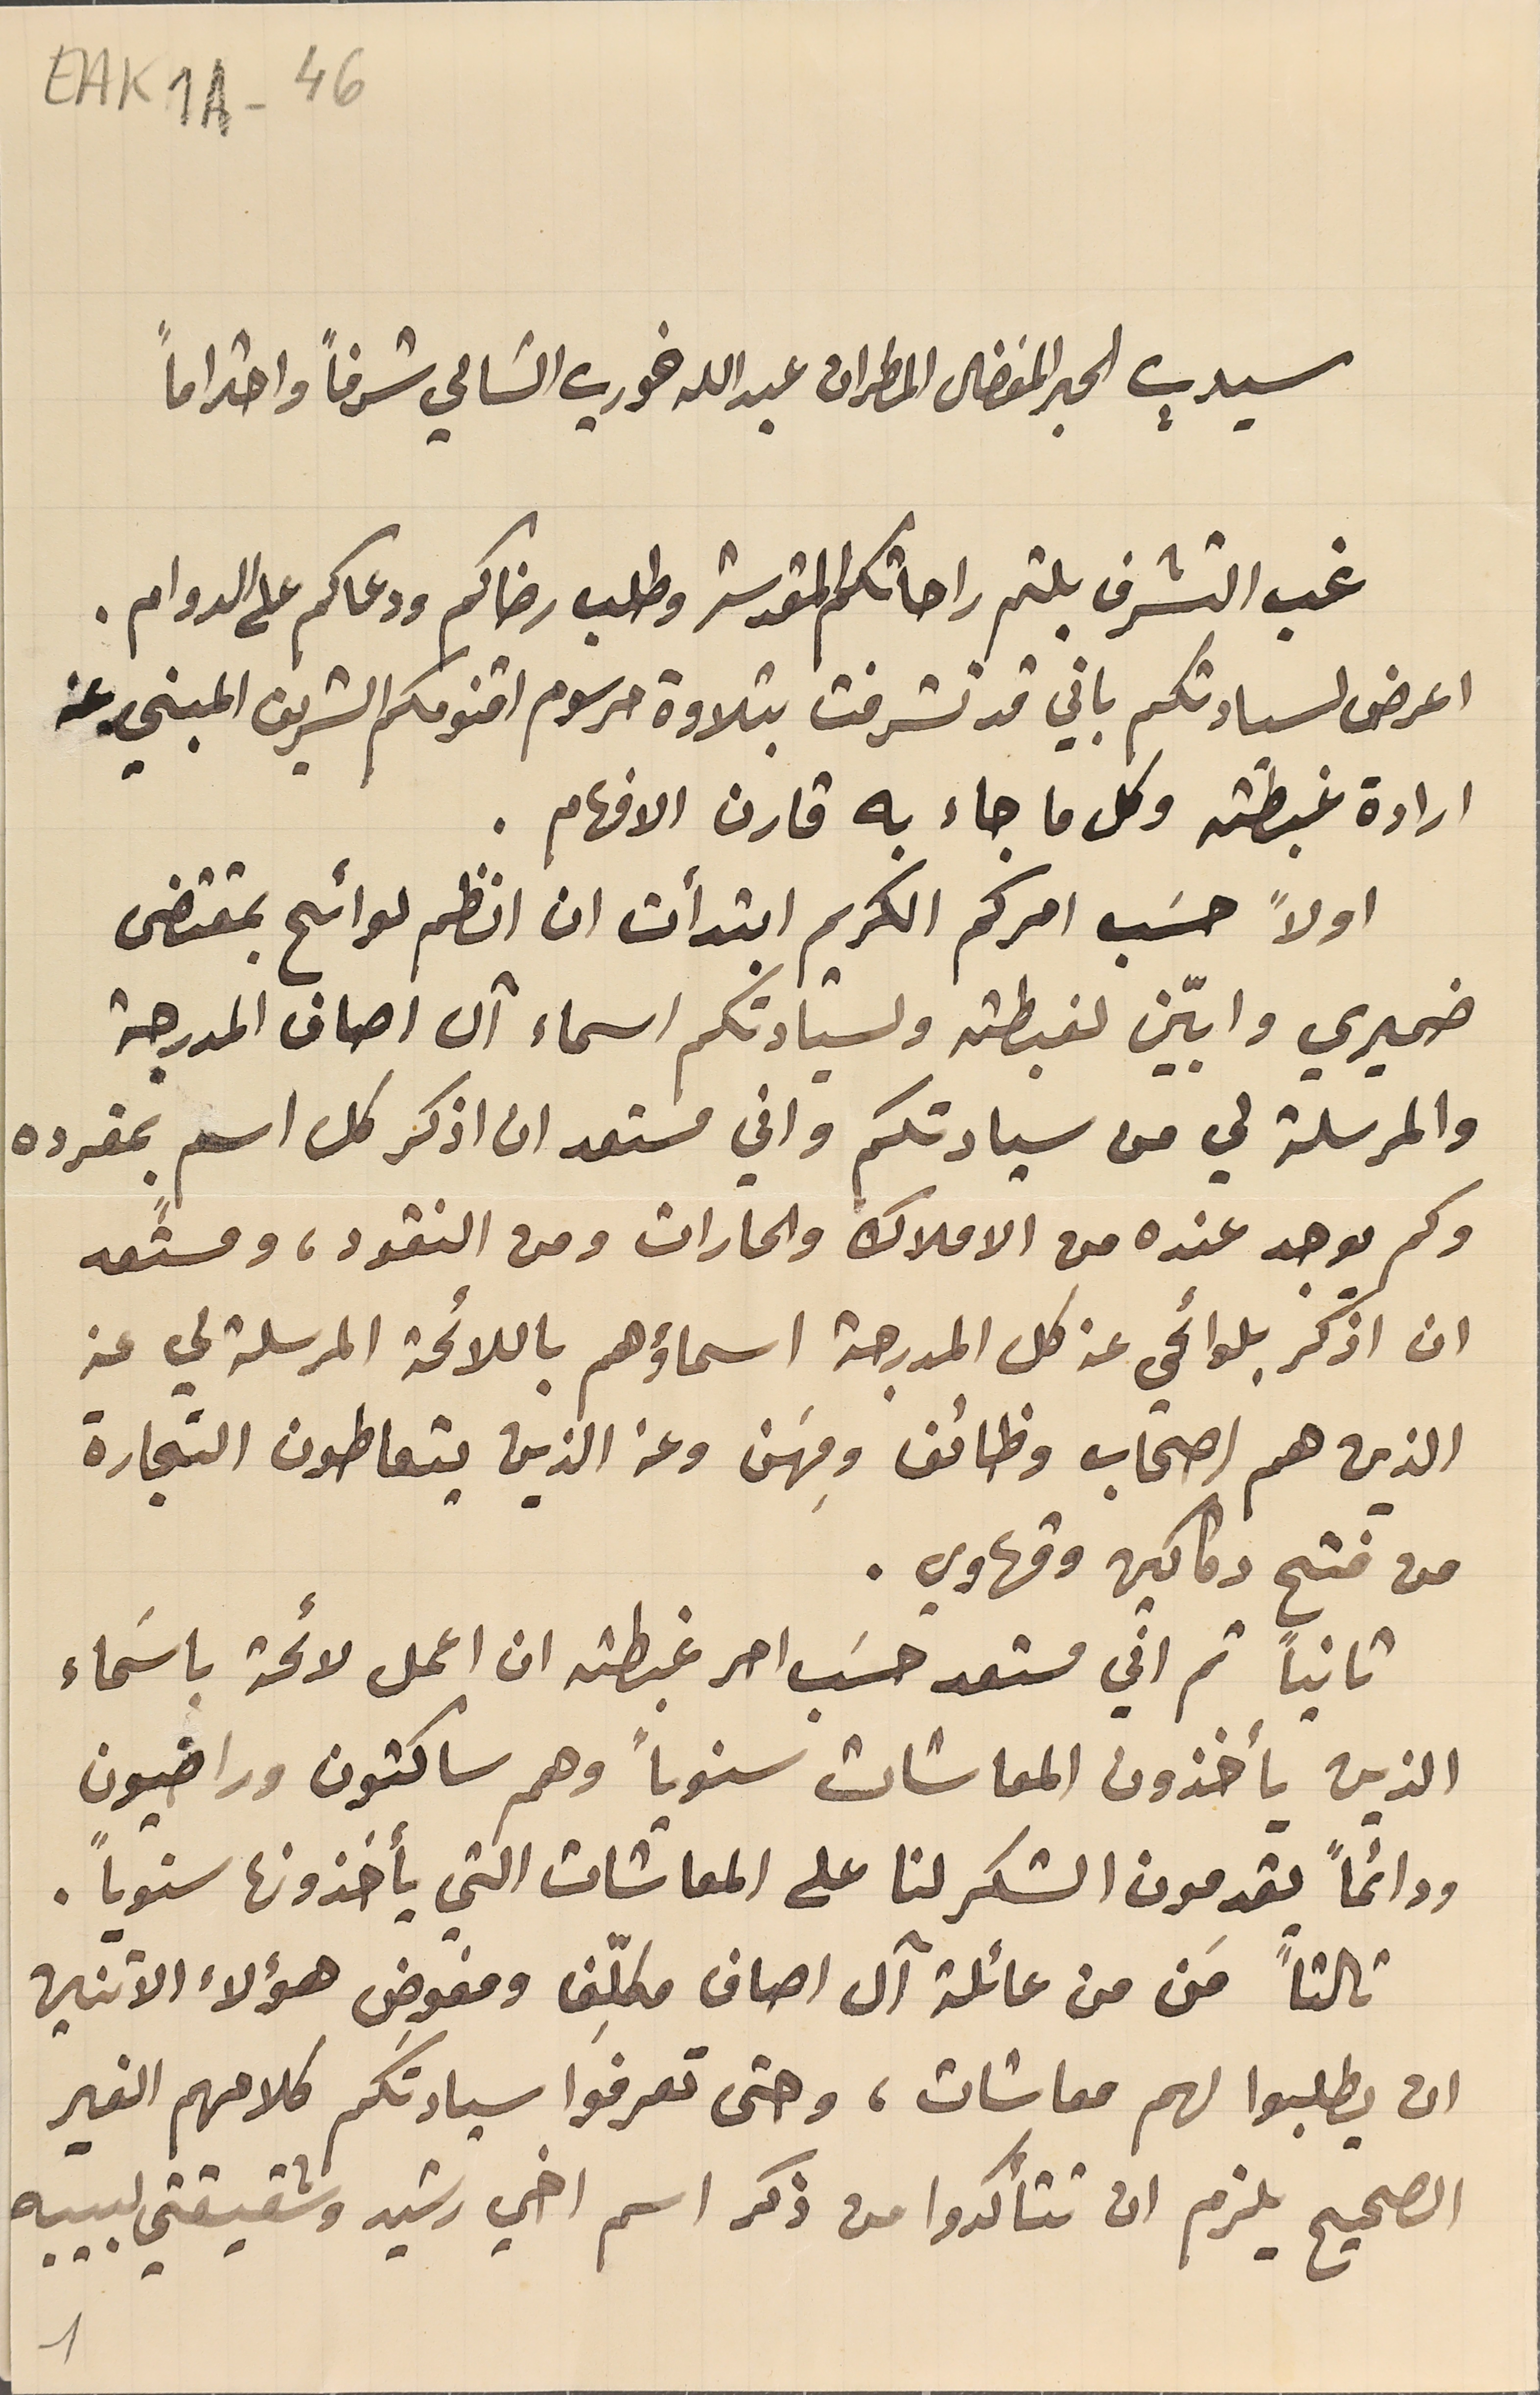
EAK1A-46
سيدي الحبر المفضال المطران عبدالله خوري السَامي شرفاً واحتراماً
 غب التشرف بلثم راحاتكم المقدسة وطلب رضاكم ودعاكم على الدوام.
اعرض لسيادتكم باني قد تشرفت بتلاوة مرسوم اقنومكم الشريف المبني عن
ارادة غبطته وكل ما جاء به قارن الافهام.

اولاً حسَب امركم الكريم ابتدأت ان انظم لوائح بمقتضى
ضميري وابيّن لغبطته ولسيادتكم اسماء آل اصاف المدرجة
والمرسلة لي من سيادتكم واني مستعد ان اذكر كل اسمٍ بمفرده
وكم يوجد عنده من الاملاك والحارات ومن النقود، ومستعد
ان اذكر بلوائحي عن كل المدرجة اسماؤهم باللائحة المرسلة لي عن
الذين هم اصحاب وظائف ومِهَن وعن الذين يتعاطون التجارة
من فتح دكاكين وقهاوي  .
ثانياً ثم اني مستعد حسَب امر غبطته ان اعمل لائحة باسَماء
الذين يأخذون المعاشات سنوياً وهم ساكتون وراضيون
ودائماً يقدمون الشكر لنا على المعاشات التي يأخذونها سنوياً.
ثالثاً مَن من عائلة آل اصاف مكلِّف ومفوِض هؤلاء الاثنين
ان يطلبوا لهم معاشات، وحتى تعرفوا سيادتكم كلامهم الغير
الصحيح يلزم ان تتأكدوا من ذكر اسم اخي رشيد وشقيقتي لبيبه
1